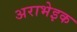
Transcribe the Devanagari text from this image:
अराभेइक